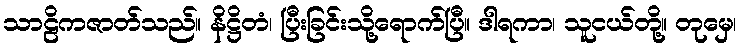
သာဠိကဇာတ်သည်။ နိဋ္ဌိတံ၊ ပြီးခြင်းသို့ရောက်ပြီ။ ဒါရကာ၊ သူငယ်တို့။ တုမှေ၊